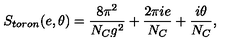
S _ { t o r o n } ( e , \theta ) = \frac { 8 \pi ^ { 2 } } { N _ { C } g ^ { 2 } } + \frac { 2 \pi i e } { N _ { C } } + \frac { i \theta } { N _ { C } } ,